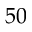
5 0